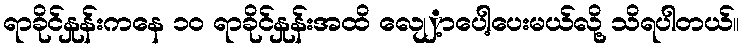
ရာခိုင်နှုန်းကနေ ၁၀ ရာခိုင်နှုန်းအထိ လျေှ့ာပေါ့ပေးမယ်လို့ သိရပါတယ်။